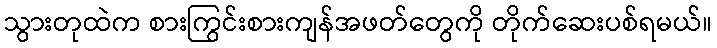
သွားတုထဲက စားကြွင်းစားကျန်အဖတ်တွေကို တိုက်ဆေးပစ်ရမယ်။